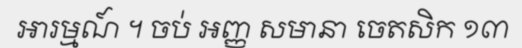
អារម្មណ៍ ។ ចប់ អញ្ញ សមានា ចេតសិក ១៣